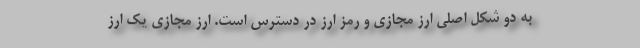
به دو شکل اصلی ارز مجازی و رمز ارز در دسترس است. ارز مجازی یک ارز